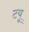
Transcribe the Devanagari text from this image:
टयू